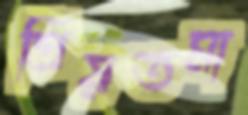
প্রিয়তমা